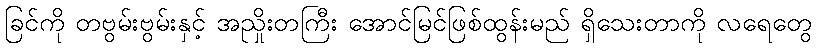
ခြင်ကို တဗွမ်းဗွမ်းနှင့် အညှိုးတကြီး အောင်မြင်ဖြစ်ထွန်းမည် ရှိသေးတာကို လရေတွေ